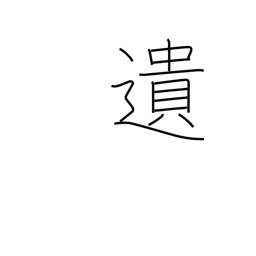
Meaning: bequeath